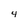
Character: 4